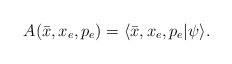
\begin{align*}A(\bar{x},x_{e},p_{e})=\langle\bar{x},x_{e},p_{e}|\psi\rangle.\end{align*}